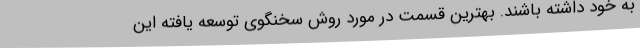
به خود داشته باشند. بهترین قسمت در مورد روش سخنگوی توسعه یافته این